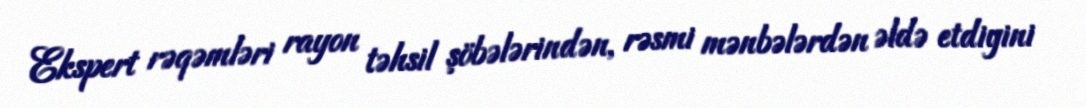
Ekspert rəqəmləri rayon təhsil şöbələrindən, rəsmi mənbələrdən əldə etdiyini